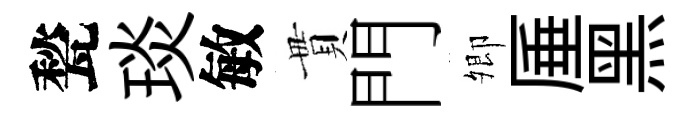
甃琰敏貫門𡖖厜黑